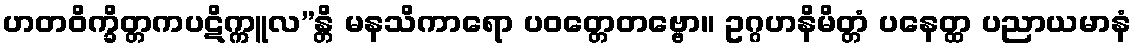
ဟတဝိက္ခိတ္တကပဋိက္ကူလ”န္တိ မနသိကာရော ပဝတ္တေတဗ္ဗော။ ဥဂ္ဂဟနိမိတ္တံ ပနေတ္ထ ပညာယမာနံ